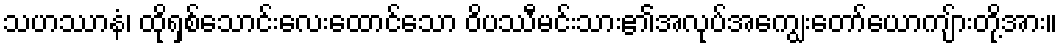
သဟဿာနံ၊ ထိုရှစ်သောင်းလေးထောင်သော ဝိပဿီမင်းသား၏အလုပ်အကျွေးတော်ယောကျ်ားတို့အား။